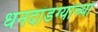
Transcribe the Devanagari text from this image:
धनदांडग्यांच्या